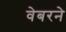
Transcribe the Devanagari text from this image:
वेबरने